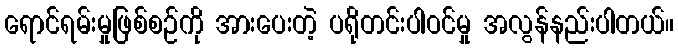
ရောင်ရမ်းမှုဖြစ်စဉ်ကို အားပေးတဲ့ ပရိုတင်းပါဝင်မှု အလွန်နည်းပါတယ်။